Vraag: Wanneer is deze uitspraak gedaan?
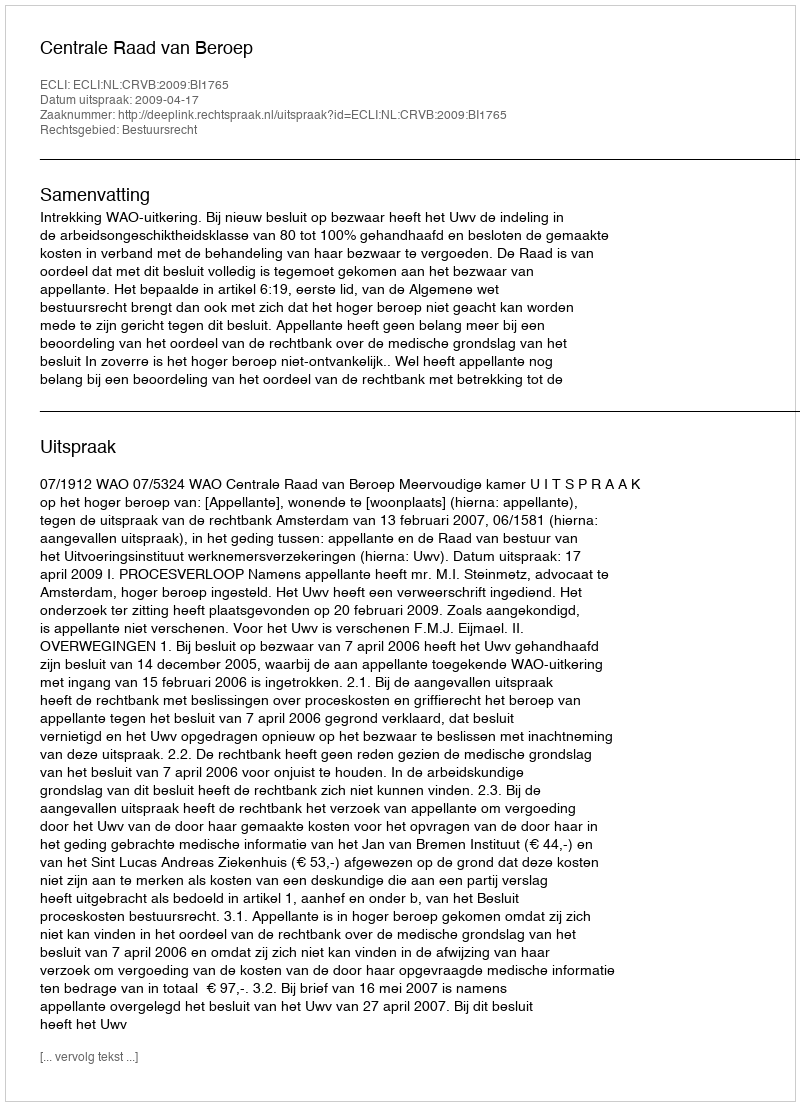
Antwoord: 2009-04-17